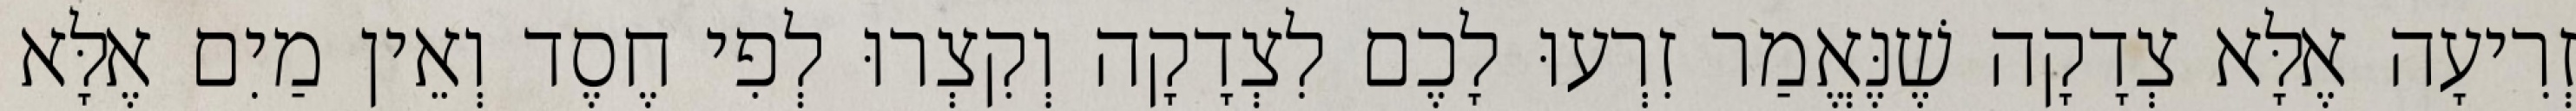
זְרִיעָה אֶלָּא צְדָקָה שֶׁנֶּאֱמַר זִרְעוּ לָכֶם לִצְדָקָה וְקִצְרוּ לְפִי חֶסֶד וְאֵין מַיִם אֶלָּא